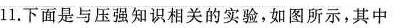
1.下面是与压强知识相关的实验，如图所示，其中